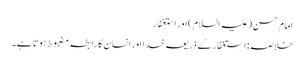
امام حسن(علیہ السلام) اور استٖغفار
خلاصہ: استغفار کے ذریعہ خدا اور انسان کا رابطہ مضبوط ہوتا ہے۔